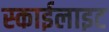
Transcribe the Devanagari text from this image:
स्‍काईलाइट